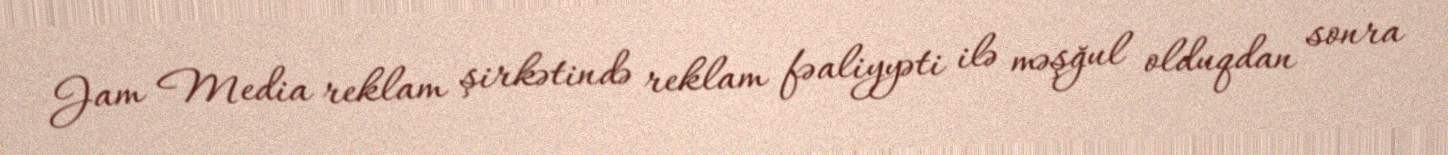
Jam Media reklam şirkətində reklam fəaliyyəti ilə məşğul olduqdan sonra